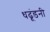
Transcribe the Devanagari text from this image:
धढूंडनी